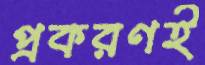
প্রকরণই